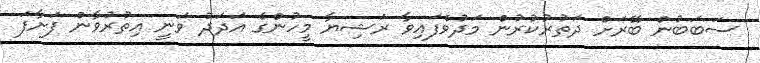
ސަބަބުން ބޭރަށް ދަތުރުކުރުން މަދުވެފައިވާ ރަޝިޔާ މީހުންގެ އަދަދު ވަނީ އިތުރުވާން ފަށާފަ